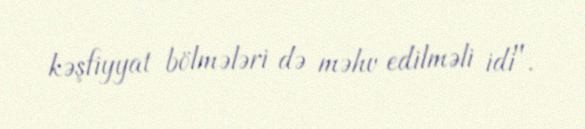
kəşfiyyat bölmələri də məhv edilməli idi".